Annual report of the Madras Medical College
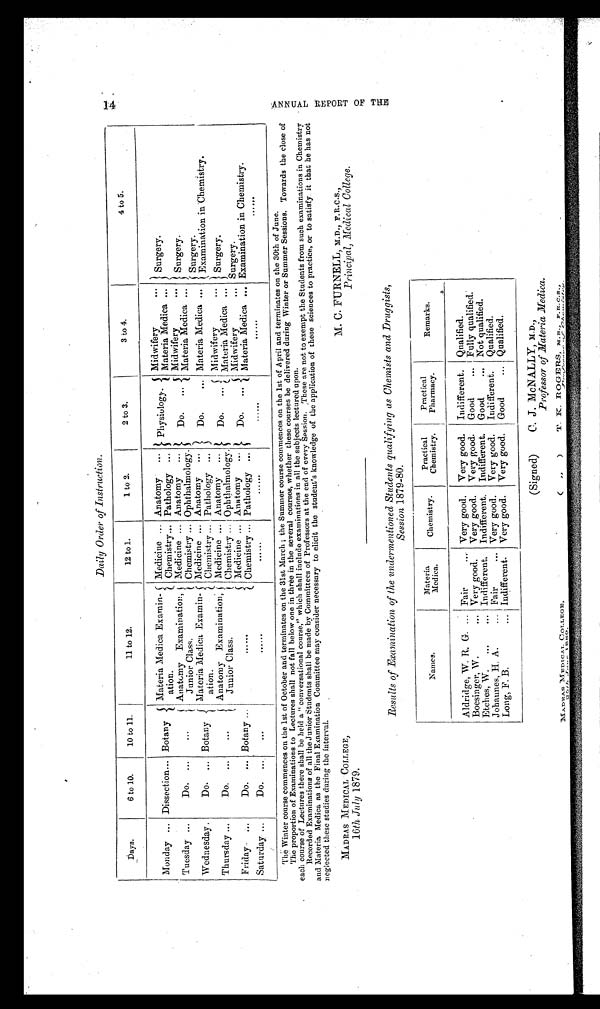
MADRAS MEDICAL COLLEGE,
16th July 1879.
M. C. FURNELL,
F.R.C.S.,
P r i n c i p a l ,
M e d i c a l C o l l e g e .
1 4 A N N U A L R E P O R T O F T H E
Daily Order of Instruction.
Days.
6 to 10.
10 to 11.
11 to 12.
12 to 1.
1 to 2.
2 to 3.
3 to 4.
4 to 5.
Monday
Dissection... Botany
Materia Medica Examin-
ation.
Medicine ...
Chemistry...
Anatomy
...
Pathology ...
Physiology.
Midwifery
. . .
Materia Medica
. . .
Surgery.
Tuesday ...
Do. ...
...
Anatomy Examination,
Junior Class.
Medicine ...
Chemistry ...
Anatomy
...
Ophthalmology.
Do.
...
Midwifery
. . .
Materia Medica
. . . Sur ge r y.
Wednesday .
Do. ... Botany
Materia Medica Examin-
ation.
Medicine ...
Chemistry ...
Anatomy
...
Pathology ...
Do.
... Materia Medica ...
Surgery.
Examination in Chemistry.
Thursday ...
Do. ...
...
Anatomy Examination,
Junior Class.
Medicine ...
Chemistry ...
Anatomy
...
Ophthalmology.
Do. ... Midwifery
. . .
Materia Medica
. . .
Surgery.
Friday...
Do. ... Botany ...
. . .
Medicine ...
Chemistry ...
Anatomy ...
Pathology ...
Do. ...
Midwifery
...
Materia Medica. . . .
Surgery.
Examination in Chemistry.
Saturday ...
Do.
...
. . .
. . .
. . .
. . .
. . .
...
The Winter course commences on the 1st of October and terminates on the 31st March ; the Summer course commences on the 1st of April and terminates on the 30th of June.
The proportion of Examinations to Lectures shall not fall below one in three in the several courses, whether these courses be delivered during Winter or Summer Sessions. Towards the close of
each course of Lectures there shall be held a "conversational course," which shall include examinations in all the subjects lectured upon.
Recorded Examinations of all the junior Students shall be made by Committees of Professors at the end of every Session. These are not to exempt the Students from such examinations in Chemistry
and Materia Medica as the Final Examination Committee may consider necessary to elicit the student's knowledge of the application of these sciences to practice, or to satisfy it that he has not
neglected these studies during the interval.
Results of Examination of the undermentioned Students qualifying as Chemists and Druggists,
Session 1879-80.
Names.
Materia
Medica.
Chemistry.
Practical
Chemistry.
Practical
Pharmacy.
Remarks.
Aldridge, W. R. G. ... Fair
.... Very good. Very good. Indifferent. Qualified.
Boesinger, W.
... Very good. Very good. Very good. Good
... Fully qualified.
Etches, W. ...
... Indifferent. Indifferent. Indifferent. Good
... Not qualified.
Johannes, H. A.
... Fair
... Very good. Very good. Indifferent. Qualified.
Long, F. B.
... Indifferent. Very good. Very good. Good
... Qualified.
MADRAS MEDI CAL COLLEGE,
25th June 1880.
(Signed) C.J. McNALLY, M.D.,
Professor of Materia Medica.
(") T.K. Rogers, M.B. F.R.C.S.,
Professor of chemistry.